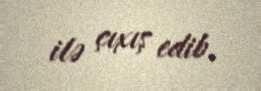
ilə çıxış edib.